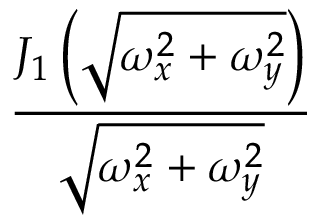
\frac { J _ { 1 } \left( { \sqrt { \omega _ { x } ^ { 2 } + \omega _ { y } ^ { 2 } } } \right) } { \sqrt { \omega _ { x } ^ { 2 } + \omega _ { y } ^ { 2 } } }